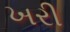
ખરી